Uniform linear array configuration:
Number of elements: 24
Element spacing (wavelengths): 0.5
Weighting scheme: kaiser
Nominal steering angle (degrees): -60
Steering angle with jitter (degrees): -59.596
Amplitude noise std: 0.05
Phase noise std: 0.05

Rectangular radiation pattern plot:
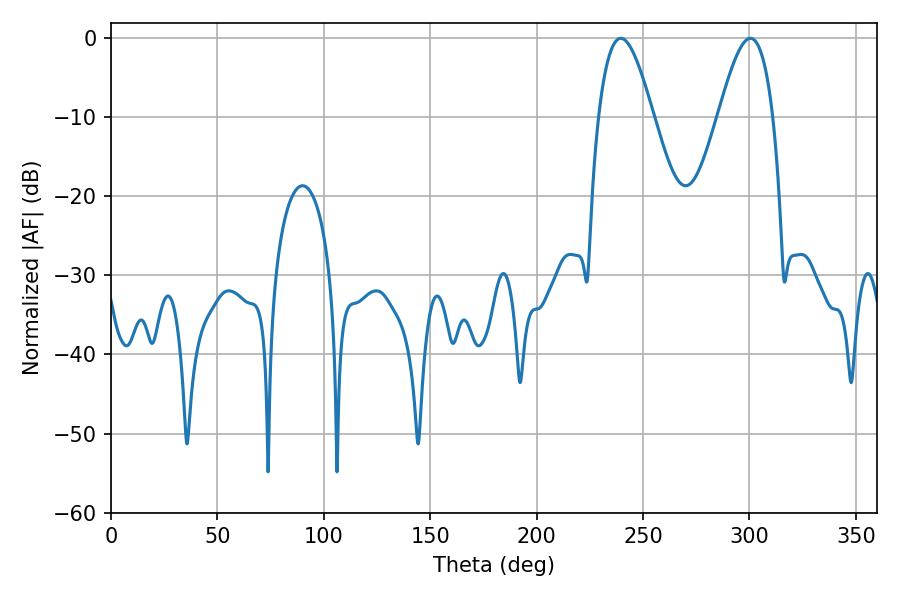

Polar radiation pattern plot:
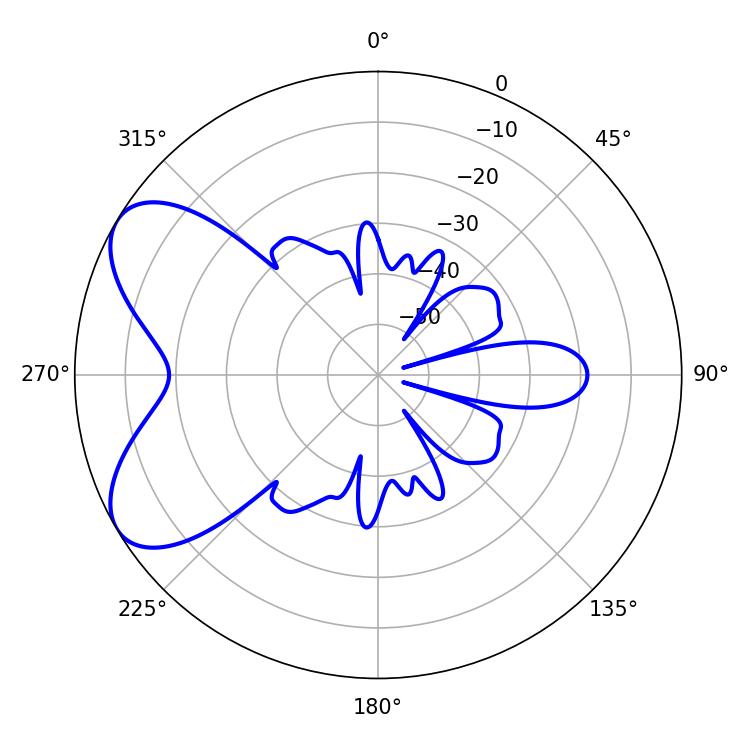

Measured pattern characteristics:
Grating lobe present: FALSE
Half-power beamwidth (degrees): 13.86
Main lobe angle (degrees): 239.58